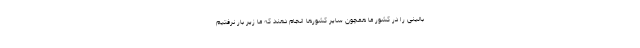
بالینی را در کشور ما همچون سایر کشورها انجام دهند که ما زیر بار نرفتیم